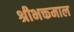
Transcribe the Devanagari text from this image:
श्रीभक्तमाल